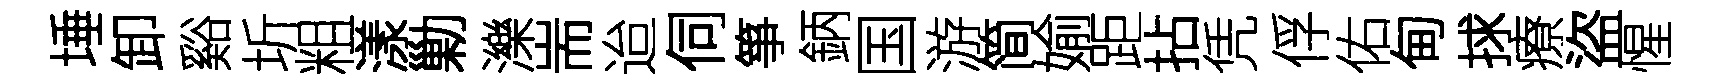
埵卸谿圻粗漾勦濼耑迨伺箏鈵国游简媮距拈凭俘佑甸捄療盜惺